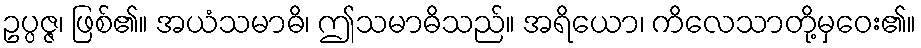
ဥပ္ပဇ္ဇ၊ ဖြစ်၏။ အယံသမာဓိ၊ ဤသမာဓိသည်။ အရိယော၊ ကိလေသာတို့မှဝေး၏။